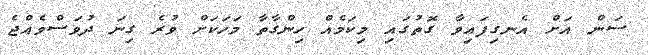
ސަން އަށް އެނގިފައިވާ ގޮތުގައި މިކަމެއް ހިންގާތާ މަހަކަށް ވުރެ ގިނަ ދުވަސްވެއްޖެ